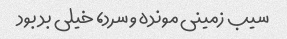
سیب زمینی مونده و سرد، خیلی بد بود